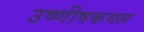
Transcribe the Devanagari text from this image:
उष्णीषकमल